Rangoon Lunatic Asylum 1898-1906 - 1898-1906
Year: 1898
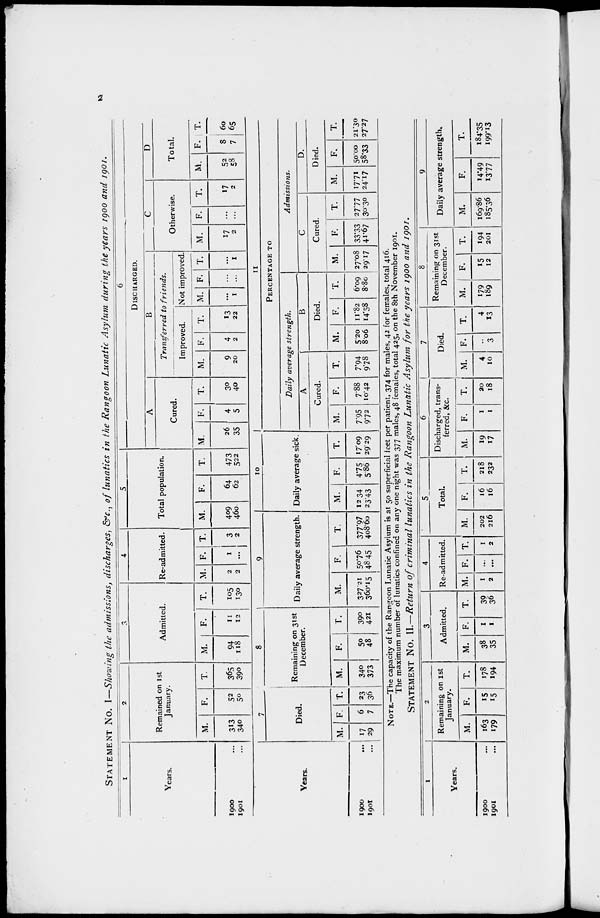
2
STATEMENT No. I—Showing the admissions, discharges, &c., of lunatics in the Rangoon Lunatic Asylum during the years 1900 and 1901.
1
Years.
1900 ...
1901 ...
2
Remained on 1st
January.
M.
313
340
F.
52
50
T.
365
390
3
Admitted.
M.
94
118
F.
11
12
T.
105
130
4
Re-admitted.
M.
2
2
F.
1
...
T.
3
2
5
Total population.
M.
409
460
F.
64
62
T.
473
522
6
DISCHARGED.
A
Cured.
M.
26
35
F.
4
5
T.
30
40
B
Transferred to friends.
Improved.
M.
9
20
F.
4
2
T.
13
22
Not improved.
M.
...
1
F.
...
...
T.
...
1
C
Otherwise.
M.
17
2
F.
...
...
T.
17
2
D
Total.
M.
52
58
F.
8
7
T.
60
65
Years.
1900 ...
1901 ...
7
Died.
M.
17
29
F.
6
7
T.
23
36
8
Remaining on 31st
December.
M.
340
373
F.
50
48
T.
390
421
9
Daily average strength.
M.
327.21
360.15
F.
50.76
48.45
T.
377.97
408.60
10
Daily average sick.
M.
12.34
23.43
F.
4.75
5.86
T.
17.09
29.29
11
PERCENTAGE TO
Daily average
strength.
A
Cured.
M.
7.95
9.72
F.
7.88
10.42
T.
7.94
9.78
B
Died.
M.
5.20
8.06
F.
11.82
14.58
T.
6.09
8.80
Admissions.
C
Cured.
M.
27.08
29.17
F.
33.33
41.67
T.
27.77
30.30
D
Died.
M.
17.71
24.17
F.
50.00
58.33
T.
21.30
27.27
NOTE.—The capacity of the Rangoon Lunatic Asylum is at 50 superficial feet per patient, 374 for males, 42 for females, total 416.
The maximum number of lunatics confined on any one night was 377 males, 48 females, total 425, on the 8th November 1901.
STATEMENT No. II.—Return of criminal lunatics in the Rangoon Lunatic Asylum for the years 1900 and 1901.
1
Years.
1900 ...
1901 ...
2
Remaining on 1st
January.
M.
163
179
F.
15
15
T.
178
194
3
Admitted.
M.
38
35
F.
1
1
T.
39
36
4
Re-admitted.
M.
1
2
F.
...
...
T.
1
2
5
Total.
M.
202
216
F.
16
16
T.
218
232
6
Discharged, trans-
ferred, &c.
M.
19
17
F.
1
1
T.
20
18
7
Died.
M.
4
10
F.
...
3
T.
4
13
8
Remaining on 31st
December.
M.
179
189
F.
15
12
T.
194
201
9
Daily average strength.
M.
169.86
185.36
F.
14.49
13.77
T.
184.35
199.13